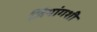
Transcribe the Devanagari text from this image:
जियांगशी